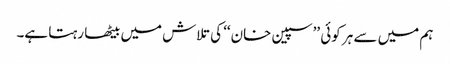
ہم میں سے ہر کوئی ’’سپین خان‘‘ کی تلاش میں بیٹھا رہتا ہے۔